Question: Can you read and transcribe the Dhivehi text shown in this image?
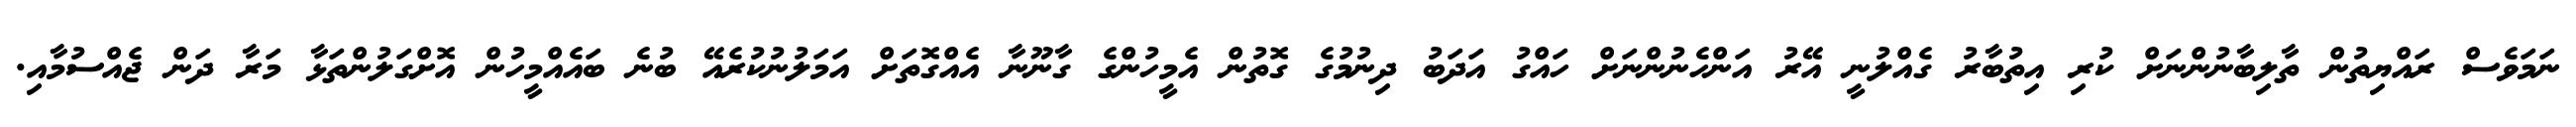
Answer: ނަމަވެސް ރައްޔިތުން ތާލިބާނުންނަށް ކުރި އިތުބާރު ގެއްލުނީ އޭރު އަންހެނުންނަށް ހައްގު އަދަބު ދިނުމުގެ ގޮތުން އެމީހުންގެ ގާނޫނާ އެއްގޮތަށް އަމަލުނުކުރެއޭ ބުނެ ބައެއްމީހުން އޮށްގަލުންތަޅާ މަރާ ދަން ޖެއްސުމާއި.